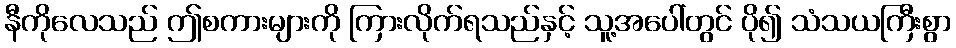
နီကိုလေသည် ဤစကားများကို ကြားလိုက်ရသည်နှင့် သူ့အပေါ်တွင် ပို၍ သံသယကြီးစွာ